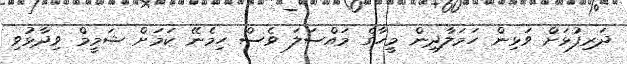
ދަރިފުޅަށް ވަޅިން ހަމަލާދިން މީހާގެ މައްސަލަ ވެސް ހިމެނޭ ކަމަށް ޝަމީމް ވިދާޅުވި